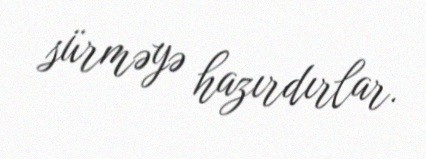
sürməyə hazırdırlar.